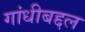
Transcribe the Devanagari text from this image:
गांधीबद्दल